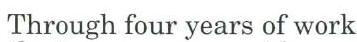
Through four years of work